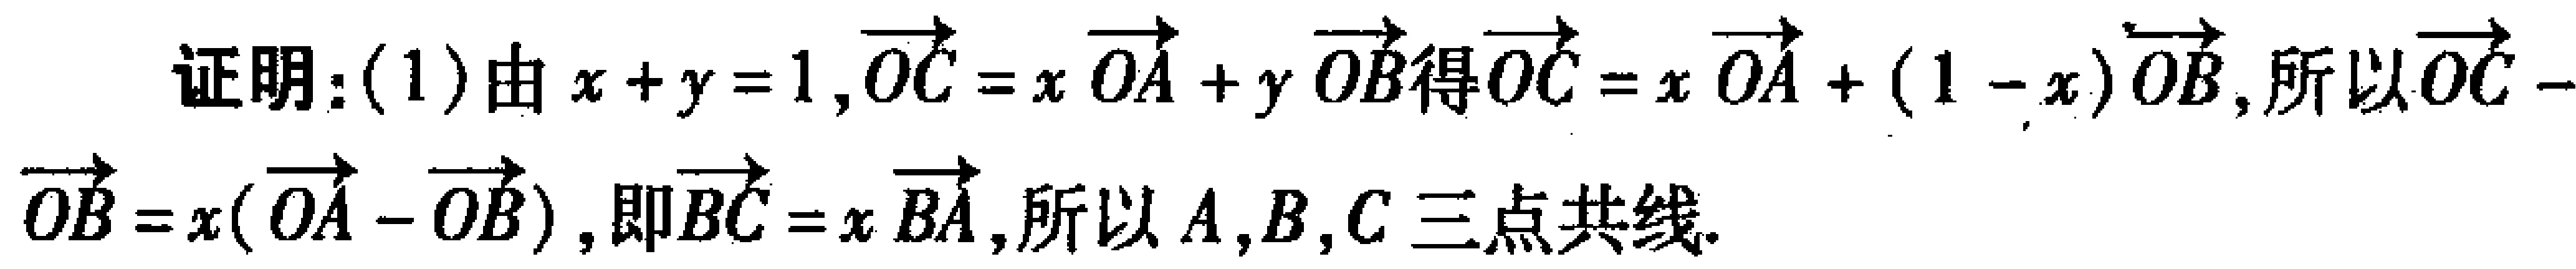
证明：(1) 由 \(x + y = 1,\overrightarrow{OC}=x\overrightarrow{OA}+y\overrightarrow{OB}\) 得 \(\overrightarrow{OC}=x\overrightarrow{OA}+(1 - x)\overrightarrow{OB}\)，所以 \(\overrightarrow{OC}-\overrightarrow{OB}=x(\overrightarrow{OA}-\overrightarrow{OB})\)，即 \(\overrightarrow{BC}=x\overrightarrow{BA}\)，所以 \(A,B,C\) 三点共线。